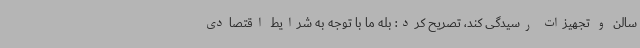
سالن و تجهیزات رسیدگی کند، تصریح کرد: بله ما با توجه به شرایط اقتصادی